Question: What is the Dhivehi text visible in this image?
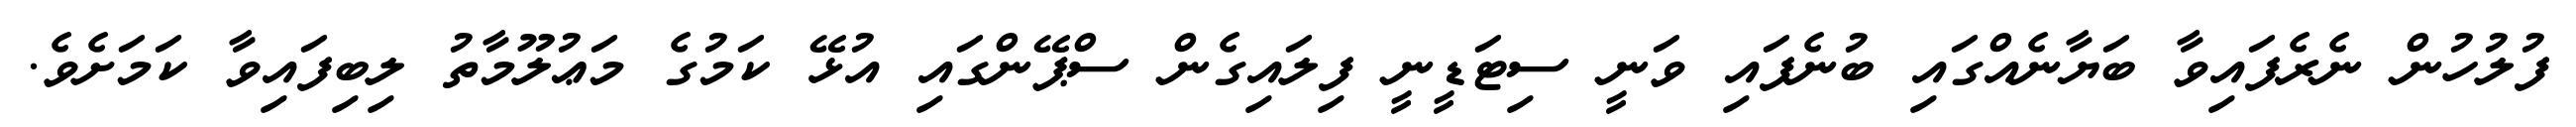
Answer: ފުލުހުން ނެރެފައިވާ ބަޔާނެއްގައި ބުނެފައި ވަނީ ސިޓަޑީނީ ފިލައިގެން ސްޕޭންގައި އުޅޭ ކަމުގެ މަޢުލޫމާތު ލިބިފައިވާ ކަމަށެވެ.